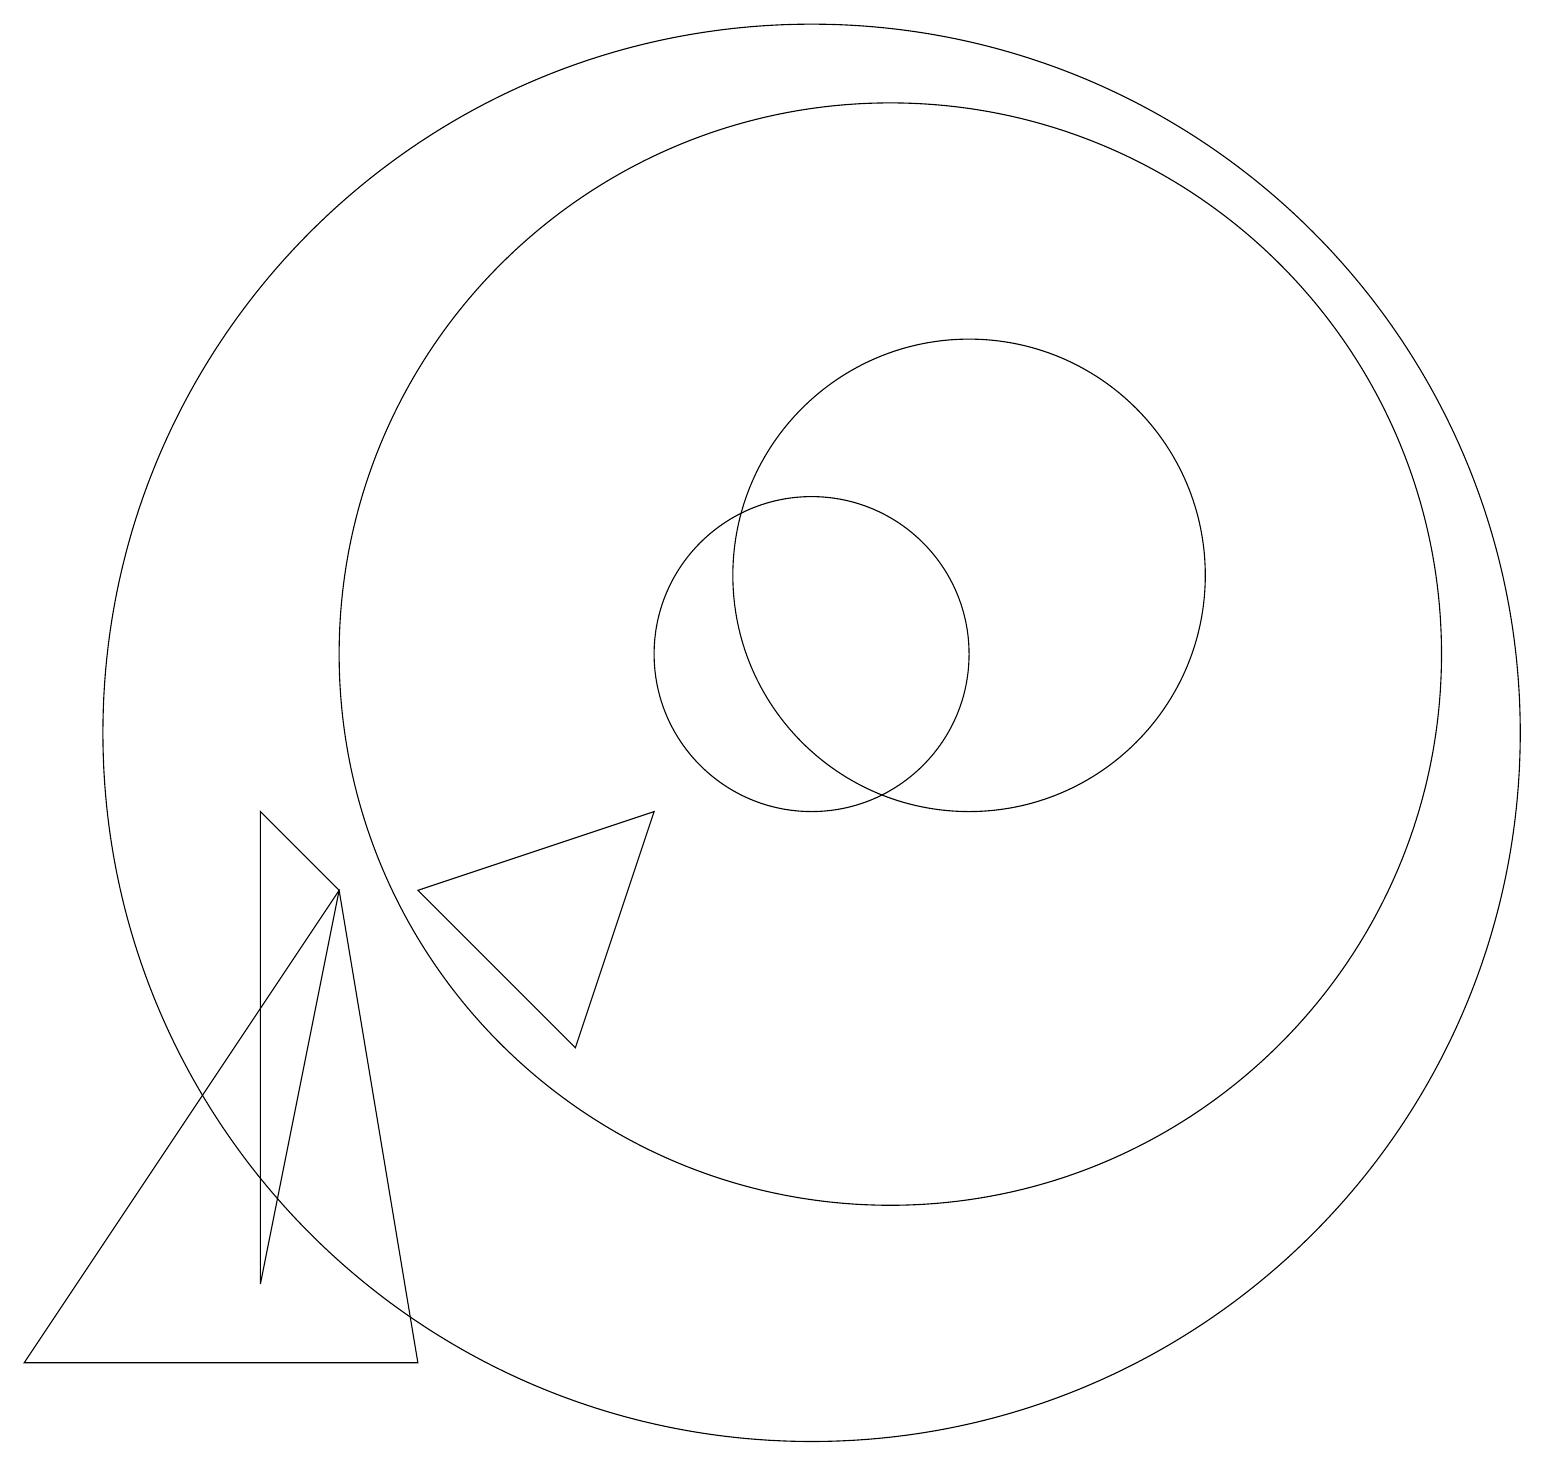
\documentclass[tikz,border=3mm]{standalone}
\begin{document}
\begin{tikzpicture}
\draw (3,9) -- (3,3) -- (4,8) -- cycle;
\draw (12,12) circle (3);
\draw (5,2) -- (4,8) -- (0,2) -- cycle;
\draw (10,10) circle (9);
\draw (7,6) -- (5,8) -- (8,9) -- cycle;
\draw (10,11) circle (2);
\draw (11,11) circle (7);
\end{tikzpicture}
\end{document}